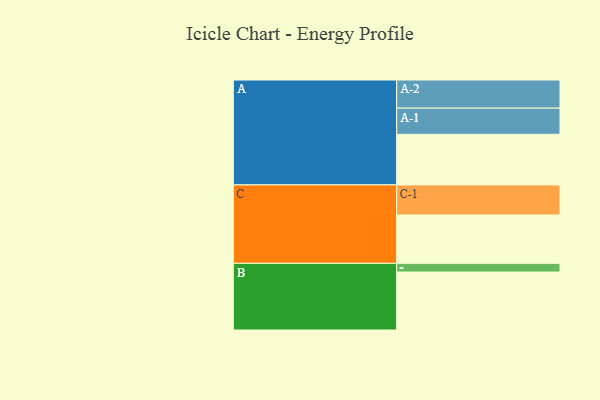
{"axis": {"x": "Segment", "y": "Value"}, "legend": ["", "A", "B", "C"], "data": [{"x": "A", "y": 460, "type": ""}, {"x": "B", "y": 527, "type": ""}, {"x": "C", "y": 440, "type": ""}, {"x": "A-1", "y": 238, "type": "A"}, {"x": "A-2", "y": 256, "type": "A"}, {"x": "B-1", "y": 79, "type": "B"}, {"x": "C-1", "y": 273, "type": "C"}]}